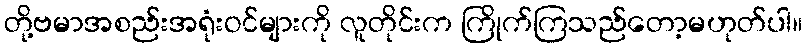
တို့ဗမာအစည်းအရုံးဝင်များကို လူတိုင်းက ကြိုက်ကြသည်တော့မဟုတ်ပါ။